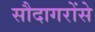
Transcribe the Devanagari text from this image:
सौदागरोंसे